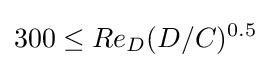
{300\leq Re_{D}(D/C)^{0.5}}